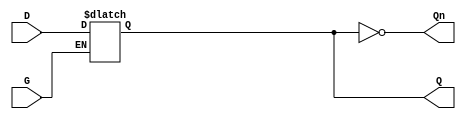
module async_gated_latch (
    input wire D,     // Data input
    input wire G,     // Gate input
    output reg Q,     // Output
    output wire Qn    // Inverted output
);

    assign Qn = ~Q;   // Inverted output

    // Always block to implement the asynchronous gated latch functionality
    always @(*) begin
        if (G) begin
            Q = D; // When G is high, sample the input D
        end
        // When G is low, retain the last state of Q
        // No need to explicitly set Q here, as the nature of reg will hold the last value
    end

endmodule